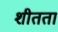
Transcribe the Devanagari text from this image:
शीतता